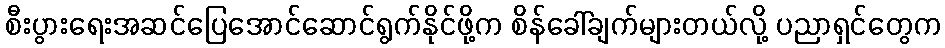
စီးပွားရေးအဆင်ပြေအောင်ဆောင်ရွက်နိုင်ဖို့က စိန်ခေါ်ချက်များတယ်လို့ ပညာရှင်တွေက